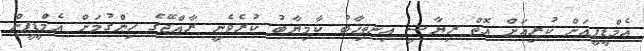
އެމްޑީޕީއަށް ކުރިއަށް އޮތް ރިޔާސީ އިނތިޚާބު ކާމިޔާބު ކުރެވެނީ ރާއްޖޭގެ ހިންގުމަށް އެމްޑީޕީން